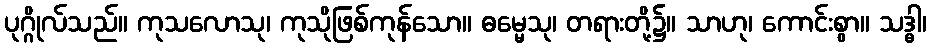
ပုဂ္ဂိုလ်သည်။ ကုသလောသု၊ ကုသိုဖြစ်ကုန်သော။ ဓမ္မေသု၊ တရားတို့၌။ သာဟု၊ ကောင်းစွာ။ သဒ္ဓါ၊